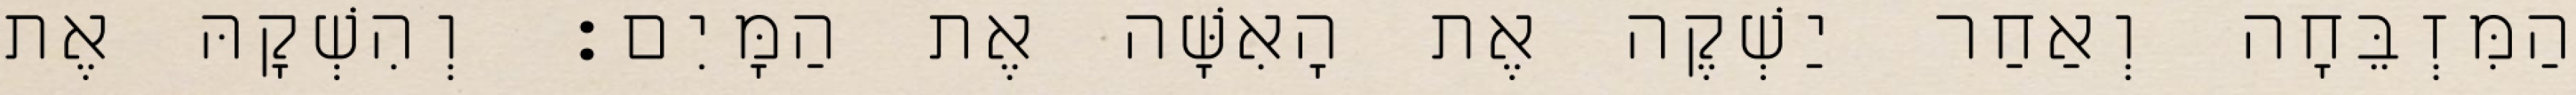
הַמִּזְבֵּחָה וְאַחַר יַשְׁקֶה אֶת הָאִשָּׁה אֶת הַמָּיִם׃ וְהִשְׁקָהּ אֶת